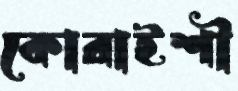
কোরাইশী